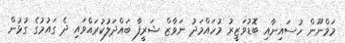
މަމްނޫން ހުސައިނާއި ބޮޑުވަޒީރު މުހައްމަދު ނަވާޒް ޝަރީފާ ބައްދަލުކުރައްވައި ދެ ގައުމުގެ ގުޅުން